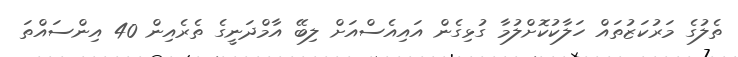
ތެލުގެ މަރުކަޒުތައް ހަލާކުކޮށްލުމާ ގުޅިގެން އައިއެސްއަށް ލިބޭ އާމްދަނީގެ ތެރެއިން 40 އިންސައްތަ